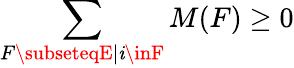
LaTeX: \sum_{F\subseteqE|\mathit{i}\inF}M(F)\geq0